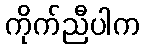
ကိုက်ညီပါက